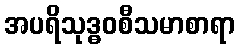
အပရိသုဒ္ဓဝစီသမာစာရာ